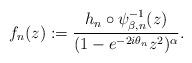
LaTeX: \begin{align*}f_n(z) := \dfrac{h_n \circ \psi_{\beta,n}^{-1}(z)}{(1-e^{-2i\theta_n}z^2)^{\alpha}}.\end{align*}